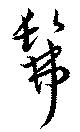
彿